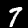
Label: 7